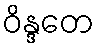
ဝိန္ဒတေ